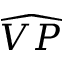
\widehat { V P }